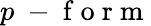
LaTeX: p\mathrm{~-~f~o~r~m~}